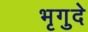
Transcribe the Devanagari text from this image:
भृगुदे